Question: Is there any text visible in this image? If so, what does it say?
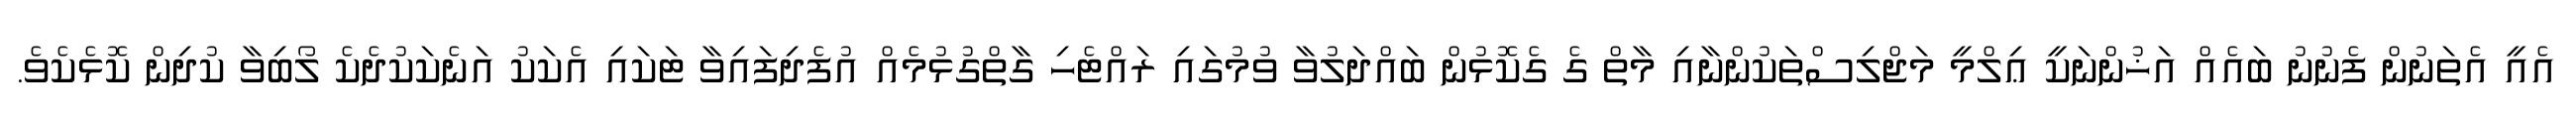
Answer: އެއީ އެތަނުން ފެނުނު ބައެއް އަޚުންނަކީ ޢިލްމީ މަޖްލިސްތަކުންނާއި މާތް ގެ ގެކޮޅުން ބައްދަލުވާ ވުމުގައި ރައްޓެހި ގާތްގުޅުމެއް އުފެދިފައިވާ ޓަކައި އެކަކު އަނެކަކުދެކެ ލޯބިވާ ކުދިން ކޮޅެކެވެ.